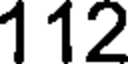
112